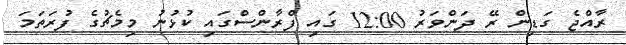
ރާއްޖެ ގަޑިން ރޭ ދަންވަރު 12:00 ގައި ފްރާންސްގައި ކުޅުނު މިމެޗުގެ ފުރަތަމަ